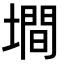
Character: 墹